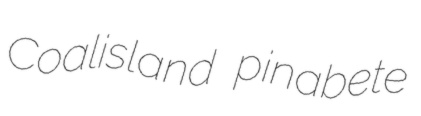
Coalisland pinabete